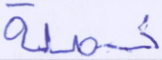
خصلة